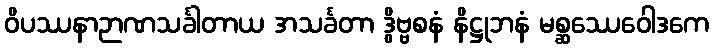
ဝိပဿနာဉာဏသင်္ခါတာယ အသင်္ခတာ ဒွိဗ္ဗစနံ နိဋ္ဌုဘနံ မစ္ဆဿေဝေါဒကေ